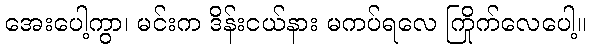
အေးပေါ့ကွာ၊ မင်းက ဒိန်းငယ်နား မကပ်ရလေ ကြိုက်လေပေါ့။